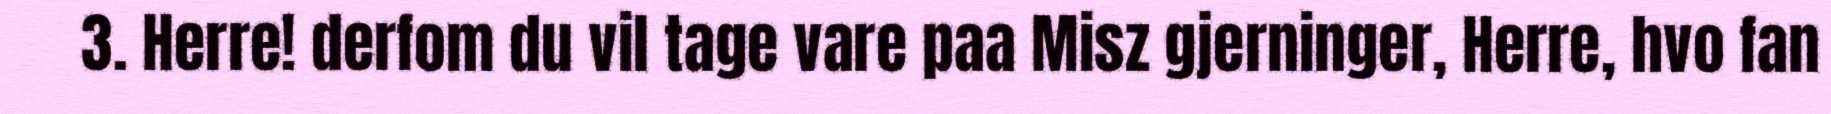
3. Herre! derfom du vil tage vare paa Misz gjerninger, Herre, hvo fan